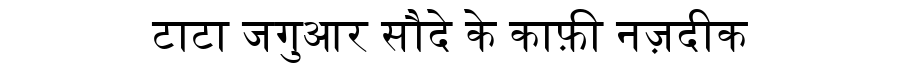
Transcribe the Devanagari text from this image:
टाटा जगुआर सौदे के काफ़ी नज़दीक